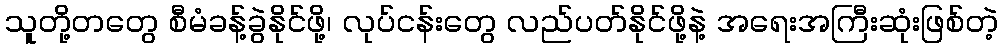
သူတို့တတွေ စီမံခန့်ခွဲနိုင်ဖို့၊ လုပ်ငန်းတွေ လည်ပတ်နိုင်ဖို့နဲ့ အရေးအကြီးဆုံးဖြစ်တဲ့